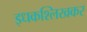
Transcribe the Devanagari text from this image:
इधकश्लिखकर